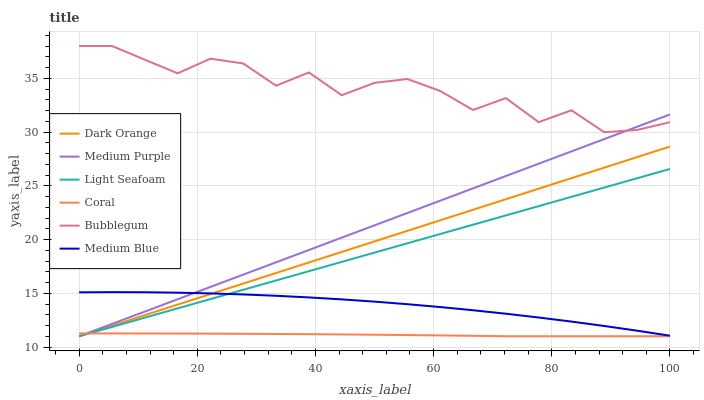
| xaxis_label | Dark Orange | Medium Purple | Light Seafoam | Coral | Bubblegum | Medium Blue |
 | --- | --- | --- | --- | --- | --- | --- |
 | 0 | 11 | 11 | 11 | 11.3 | 38 | 15.1 |
 | 5.56 | 12 | 12.1 | 11.9 | 11.3 | 38 | 15.1 |
 | 11.1 | 13 | 13.3 | 12.7 | 11.3 | 36.7 | 15.1 |
 | 16.7 | 13.9 | 14.4 | 13.6 | 11.3 | 35.5 | 15.1 |
 | 22.2 | 14.9 | 15.6 | 14.5 | 11.2 | 36.8 | 15 |
 | 27.8 | 15.9 | 16.7 | 15.3 | 11.2 | 36.4 | 14.9 |
 | 33.3 | 16.9 | 17.9 | 16.2 | 11.2 | 34.3 | 14.8 |
 | 38.9 | 17.9 | 19 | 17.1 | 11.2 | 35.5 | 14.6 |
 | 44.4 | 18.8 | 20.2 | 17.9 | 11.2 | 33.4 | 14.4 |
 | 50 | 19.8 | 21.3 | 18.8 | 11.1 | 34.6 | 14.2 |
 | 55.6 | 20.8 | 22.5 | 19.6 | 11.1 | 34.9 | 14 |
 | 61.1 | 21.8 | 23.6 | 20.5 | 11.1 | 33.8 | 13.7 |
 | 66.7 | 22.8 | 24.8 | 21.4 | 11 | 32 | 13.4 |
 | 72.2 | 23.7 | 25.9 | 22.2 | 11 | 33.2 | 13.1 |
 | 77.8 | 24.7 | 27.1 | 23.1 | 11 | 30.9 | 12.7 |
 | 83.3 | 25.7 | 28.2 | 24 | 11 | 32 | 12.4 |
 | 88.9 | 26.7 | 29.3 | 24.8 | 11 | 30 | 12 |
 | 94.4 | 27.7 | 30.5 | 25.7 | 11 | 30.2 | 11.5 |
 | 100 | 28.6 | 31.6 | 26.6 | 11 | 30.9 | 11.1 |